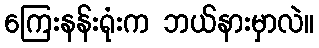
ကြေးနန်းရုံးက ဘယ်နားမှာလဲ။